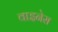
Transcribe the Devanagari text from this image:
वाइनेस